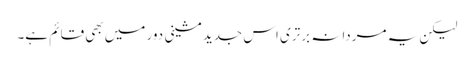
لیکن یہ مردانہ برتری اس جدید مشینی دور میں بھی قائم ہے۔